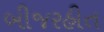
બીજરહીત